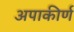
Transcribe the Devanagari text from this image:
अपाकीर्ण